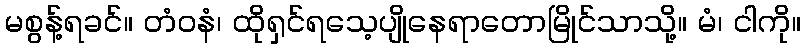
မစွန့်ရခင်။ တံဝနံ၊ ထိုရှင်ရသေ့ပျိုနေရာတောမြိုင်သာသို့။ မံ၊ ငါကို။